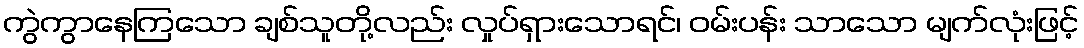
ကွဲကွာနေကြသော ချစ်သူတို့လည်း လှုပ်ရှားသောရင်၊ ဝမ်းပန်း သာသော မျက်လုံးဖြင့်